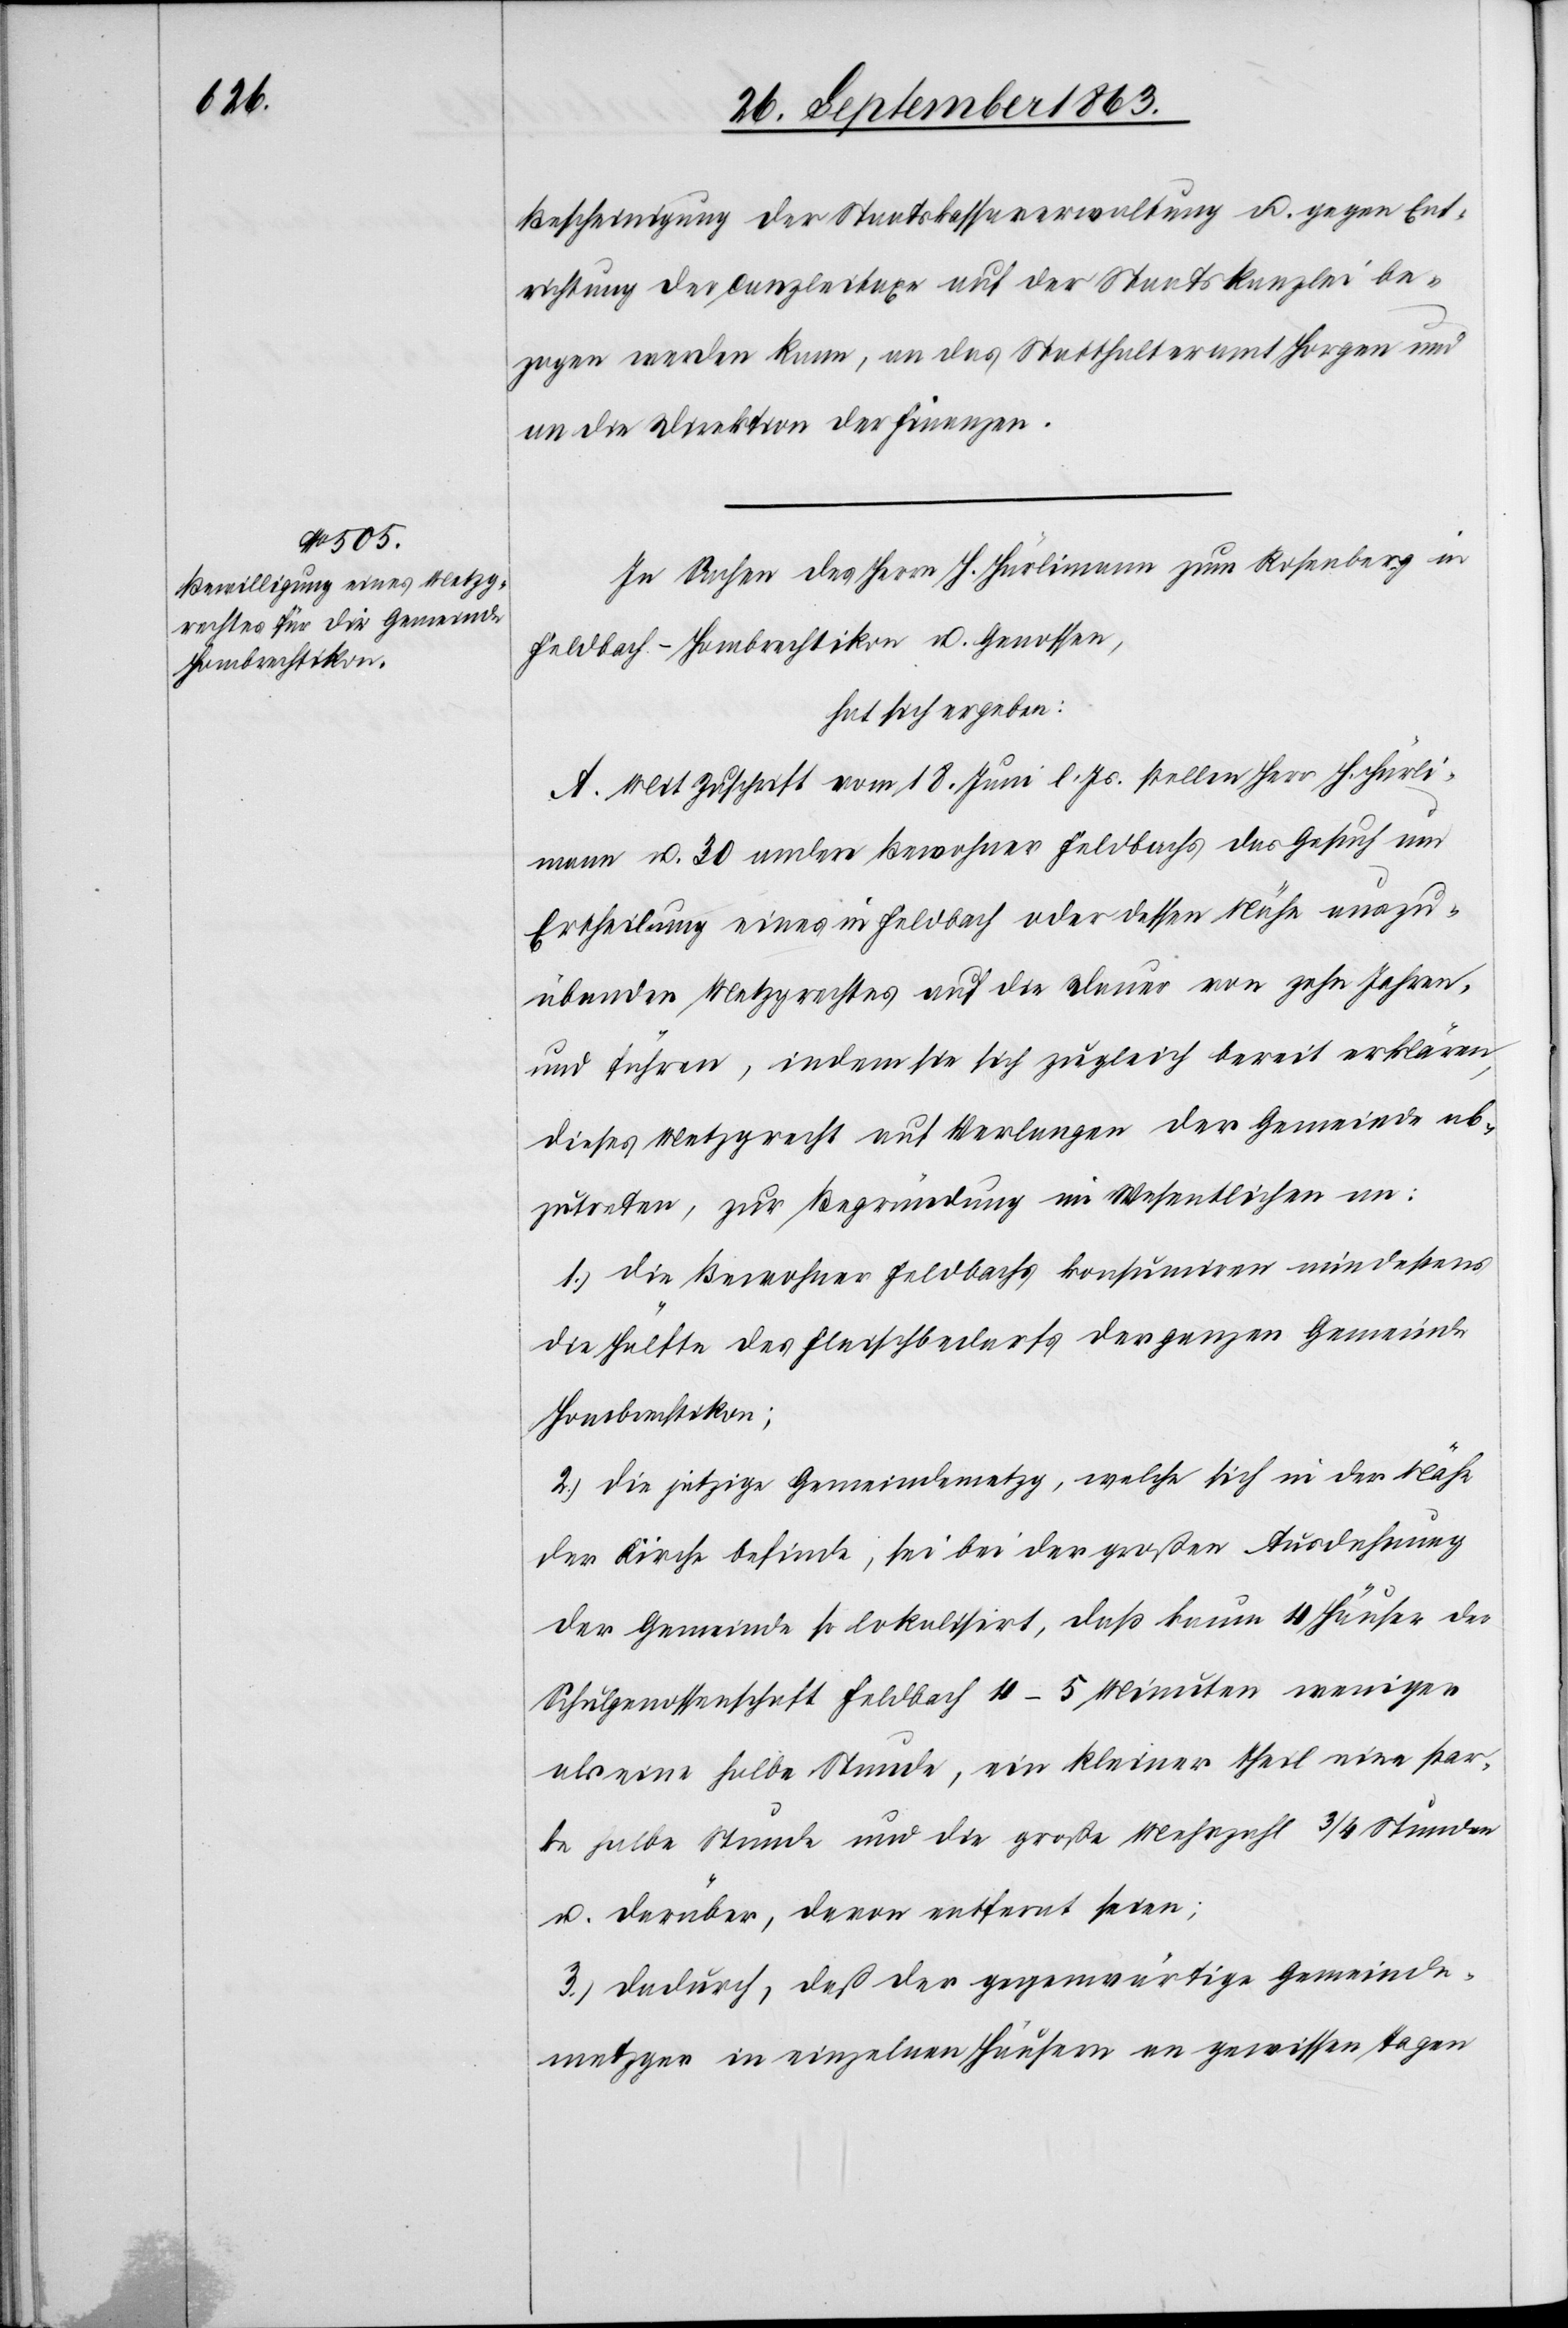
Bescheinigung der Staatskassaverwaltung u. gegen Ent¬
richtung der Canzleitaxe auf der Staatskanzlei be¬
zogen werden kann, an das Statthalteramt Horgen und
an die Direktion der Finanzen.
In Sachen des Herrn H. Hürlimann zum Rosenberg in
Feldbach-Hombrechtikon u. Genossen,
hat sich ergeben:
A. Mit Zuschrift vom 18. Juni l. Js. stellen Herr H. Hürli¬
mann u. 30 andere Bewohner Feldbachs das Gesuch um
Ertheilung eines in Feldbach oder dessen Nähe auszu¬
übendes Metzgrechtes auf die Dauer von zehn Jahren,
und führen, indem sie sich zugleich bereit erklären,
dieses Metzgrecht auf Verlangen der Gemeinde ab¬
zutreten, zur Begründung im Wesentlichen an:
1.) die Bewohner Feldbachs konsumiren mindestens
die Hälfte des Fleischbedarfs der ganzen Gemeinde
Hombrechtikon;
2.) die jetzige Gemeindemetzg, welche sich in der Nähe
der Kirche befinde, sei bei der großen Ausdehnung
der Gemeinde so lokalisirt, das kaum 4 Häuser der
Schulgenossenschaft Feldbach 4–5 Minuten weniger
als eine halbe Stunde, ein kleiner Theil eine star¬
ke halbe Stunde und die große Mehrzahl 3/4 Stunden
u. darüber, davon entfern seien;
3.) dadurch, daß der gegenwärtige Gemeinde¬
metzger in einzelnen Häusern an gewissen Tagen